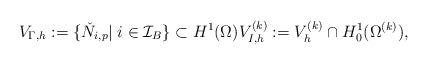
LaTeX: \begin{align*} V_{\Gamma,h} := \{ \check{N}_{i,p}|\; i\in \mathcal{I}_B\} \subset H^1(\Omega) V_{I,h}^{(k)} := V_{h}^{(k)} \cap H^1_0(\Omega^{(k)}), \end{align*}